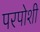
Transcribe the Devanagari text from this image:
परपोशी